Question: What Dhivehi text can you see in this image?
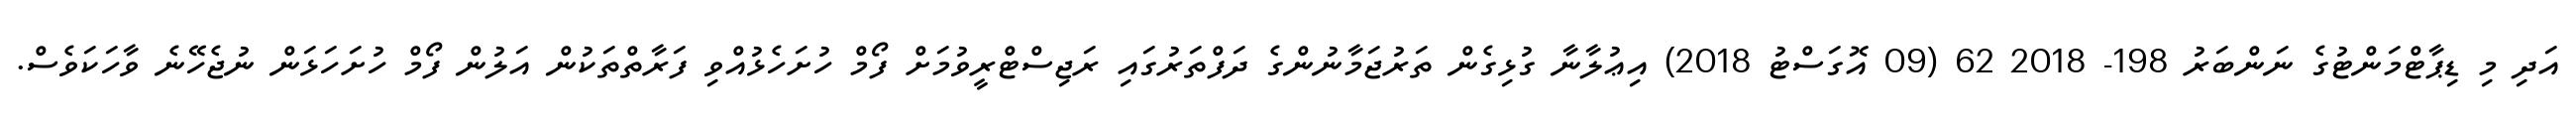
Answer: އަދި މި ޑިޕާޓްމަންޓުގެ ނަންބަރު 198- 2018 62 (09 އޮގަސްޓު 2018) އިޢުލާނާ ގުޅިގެން ތަރުޖަމާނުންގެ ދަފްތަރުގައި ރަޖިސްޓްރީވުމަށް ފޯމް ހުށަހެޅުއްވި ފަރާތްތަކުން އަލުން ފޯމް ހުށަހަޅަން ނުޖެހޭނެ ވާހަކަވެސް.